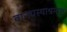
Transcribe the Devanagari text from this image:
वानप्रस्थाश्रमास